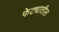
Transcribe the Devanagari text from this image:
फेट्यातील